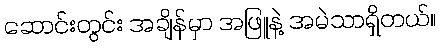
ဆောင်းတွင်း အချိန်မှာ အဖြူနဲ့ အမဲသာရှိတယ်။